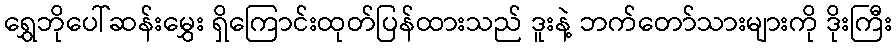
ရွှေဘိုပေါ်ဆန်းမွှေး ရှိကြောင်းထုတ်ပြန်ထားသည် ဒူးနဲ့ ဘက်တော်သားများကို ဒိုးကြီး